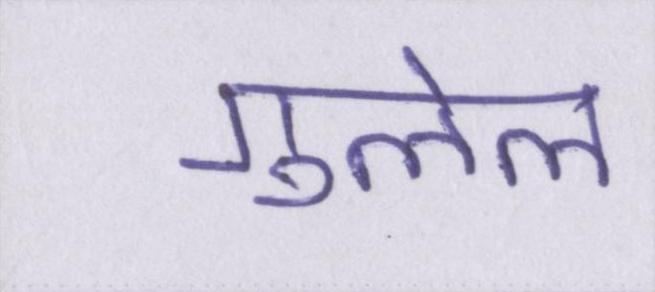
गुलेल